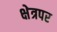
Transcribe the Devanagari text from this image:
क्षेत्रपर